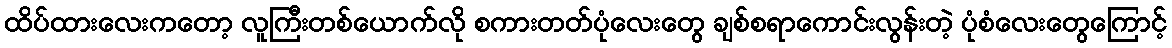
ထိပ်ထားလေးကတော့ လူကြီးတစ်ယောက်လို စကားတတ်ပုံလေးတွေ ချစ်စရာကောင်းလွန်းတဲ့ ပုံစံလေးတွေကြောင့်